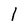
Character: l